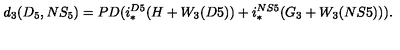
d _ { 3 } ( D _ { 5 } , N S _ { 5 } ) = P D ( i _ { * } ^ { D 5 } ( H + W _ { 3 } ( D 5 ) ) + i _ { * } ^ { N S 5 } ( G _ { 3 } + W _ { 3 } ( N S 5 ) ) ) .